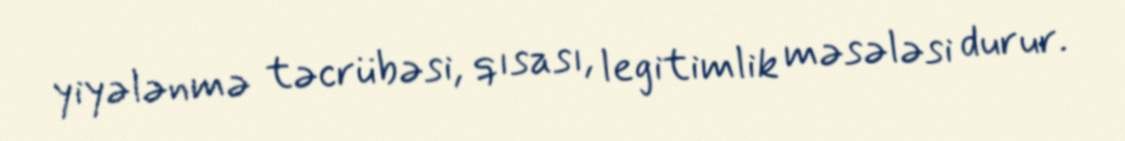
yiyələnmə təcrübəsi, qısası, legitimlik məsələsi durur.